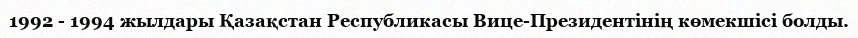
1992 - 1994 жылдары Қазақстан Республикасы Вице-Президентінің көмекшісі болды.